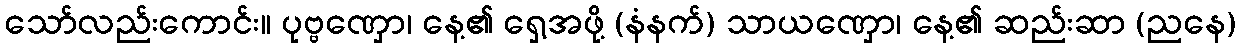
သော်လည်းကောင်း။ ပုဗ္ဗဏှော၊ နေ့၏ ရှေ့အဖို့ (နံနက်) သာယဏှော၊ နေ့၏ ဆည်းဆာ (ညနေ)